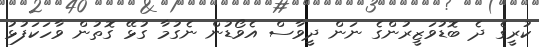
ކުރީގެ ދެ ބޮޑުވަޒީރުންގެ ނަން ދީވާސް އެވޯޑުން ނެގުމާ ގުޅޭ ގޮތުން ވާހަކަފުޅު